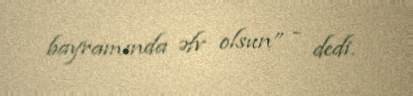
bayramında əfv olsun” - dedi.